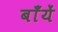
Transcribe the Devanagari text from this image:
बाँयें